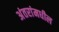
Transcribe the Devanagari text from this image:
अंतरांमधील